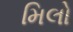
મિલો